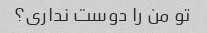
تو من را دوست نداری؟